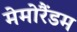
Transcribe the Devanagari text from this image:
मेमोरैंडम